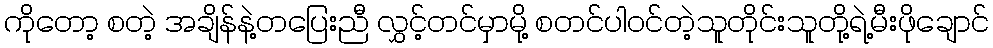
ကိုတော့ စတဲ့ အချိန်နဲ့တပြေးညီ လွှင့်တင်မှာမို့ စတင်ပါ၀င်တဲ့သူတိုင်းသူတို့ရဲ့မီးဖိုချောင်